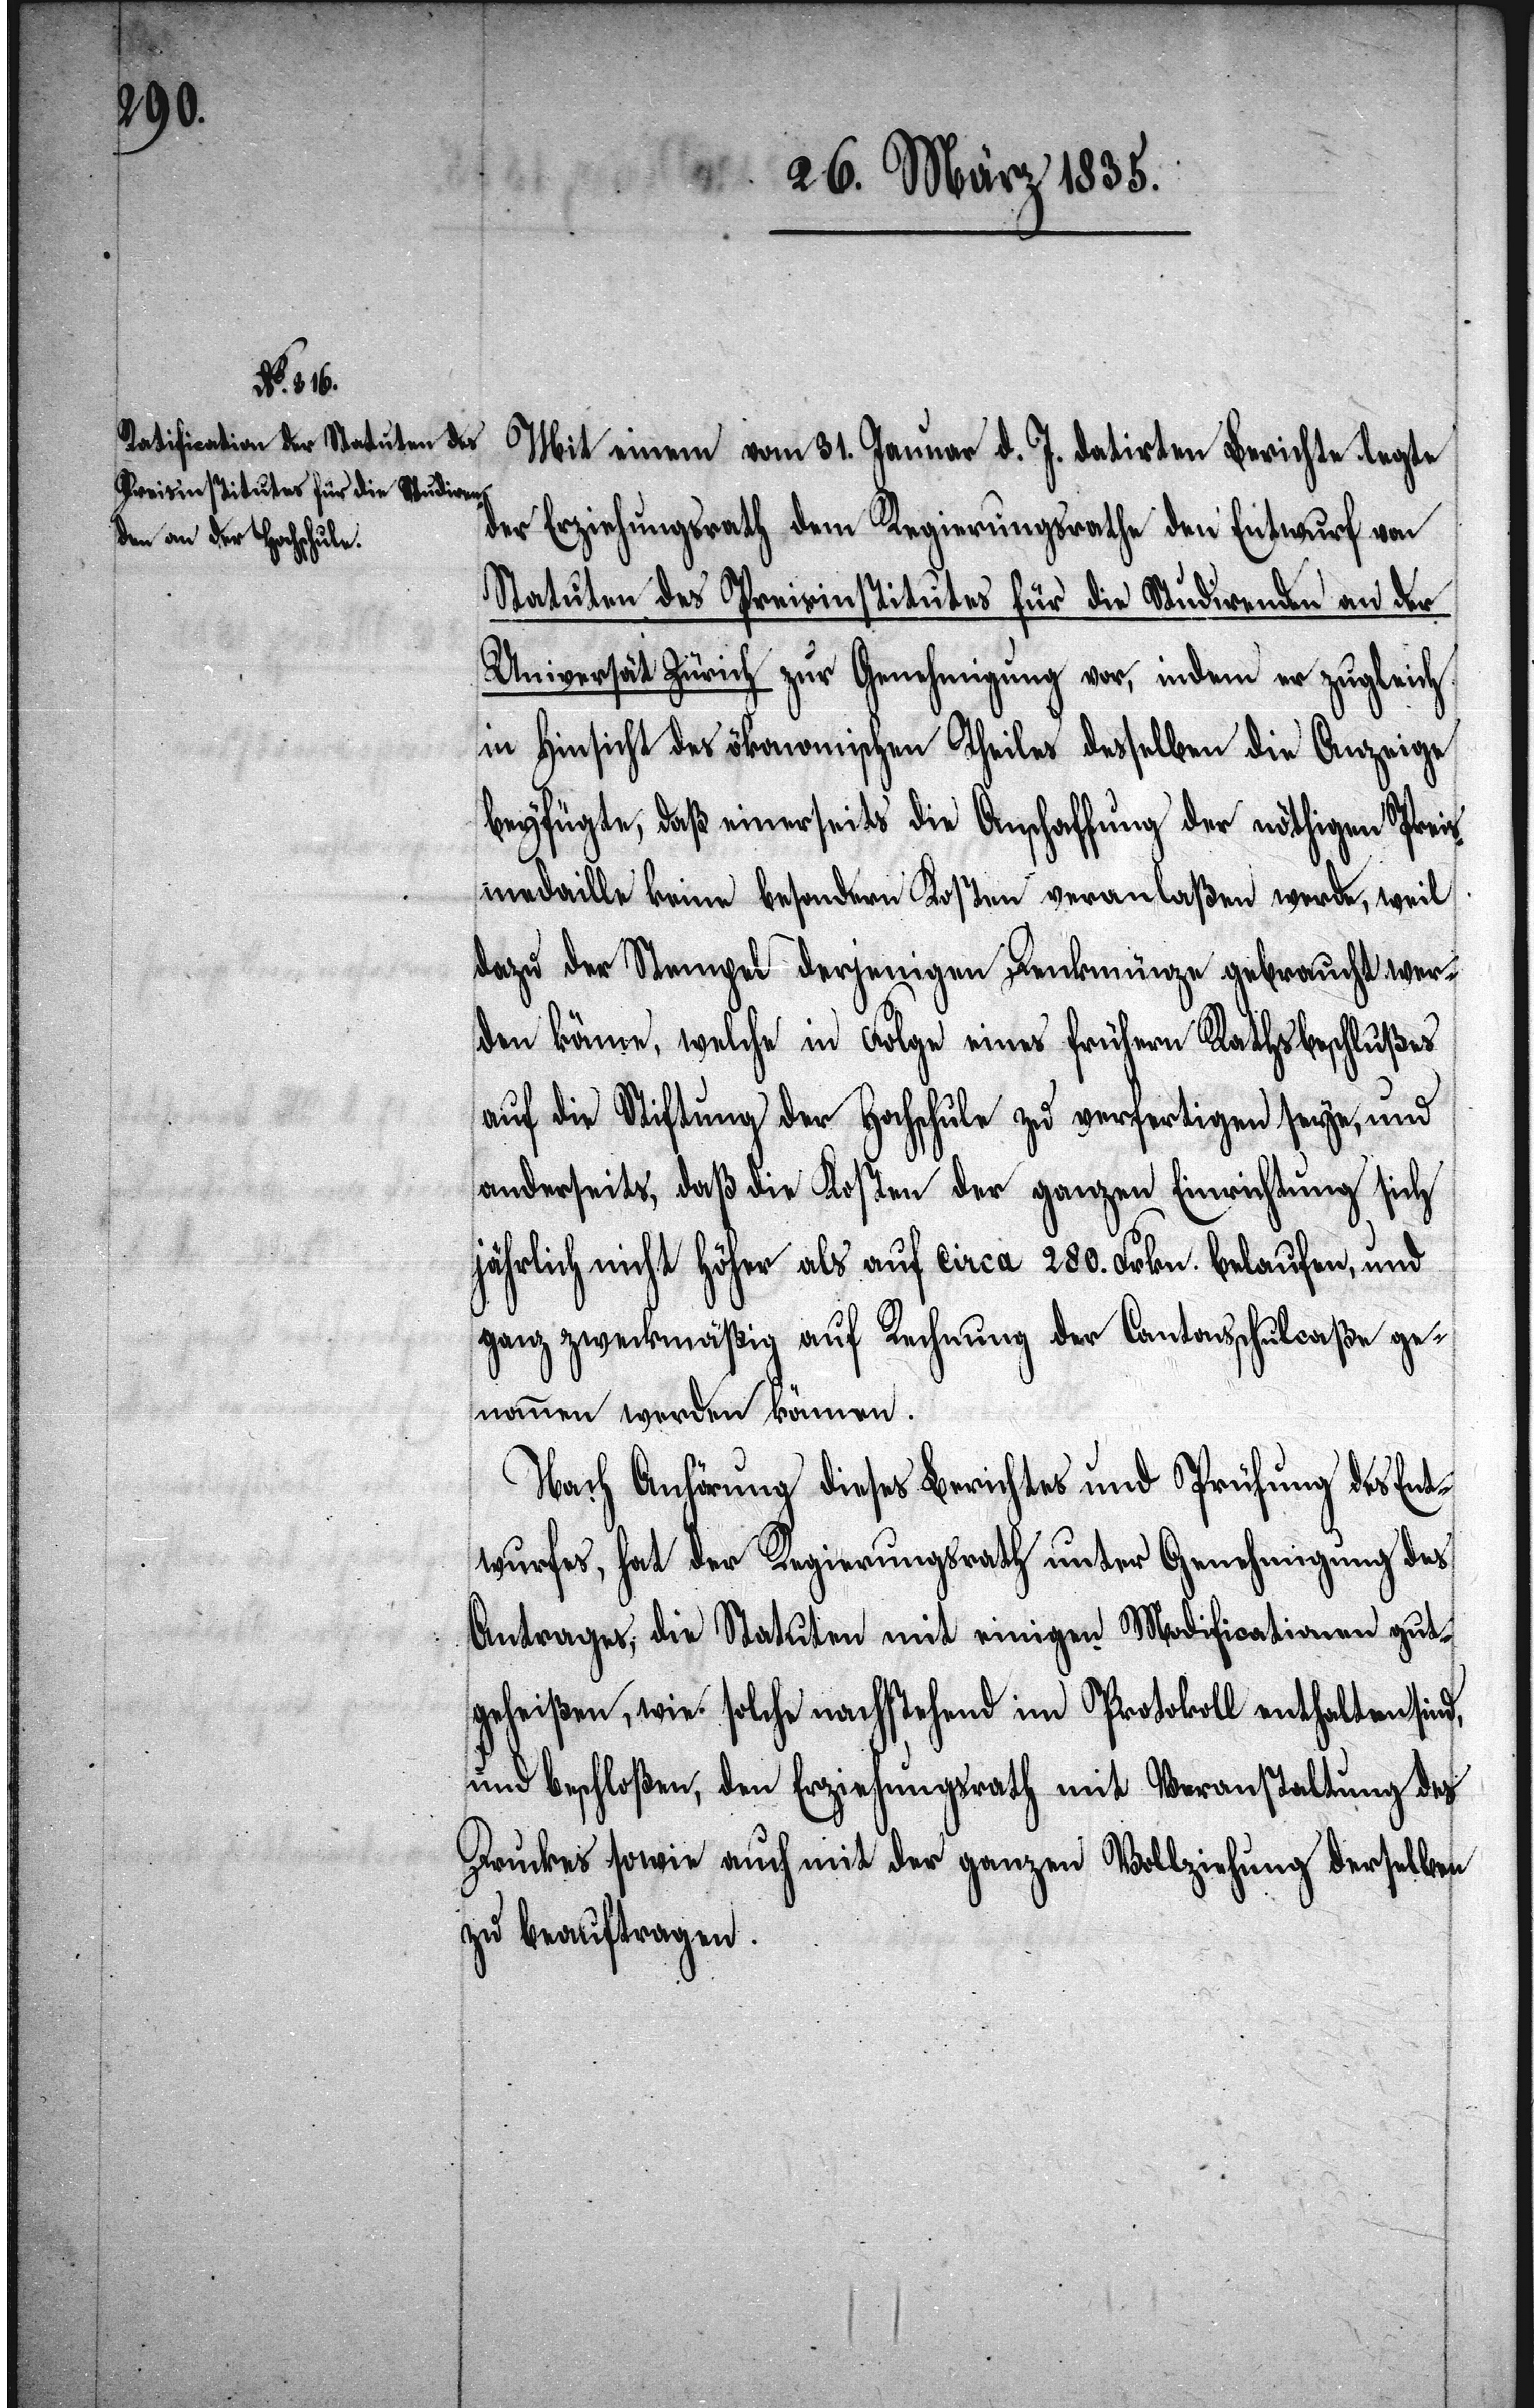
Mit einem vom 31. Januar d. J. datirten Berichte legte
der Erziehungsrath dem Regierungsrathe den Entwurf von
Statuten des Preisinstitutes für die Studirenden an der
Universität Zürich zur Genehmigung vor, indem er zugleich
in Hinsicht des ökonomischen Theiles desselben die Anzeige
beyfügte, daß einerseits die Anschaffung der nöthigen Preis¬
medaille keine besondern Kosten veranlaßen werde, weil
dazu der Stempel derjenigen Denkmünze gebraucht wer¬
den könne, welche in Folge eines frühern Rathsbeschlußes
auf die Stiftung der Hochschule zu verfertigen seye, und
anderseits, daß die Kosten der ganzen Einrichtung sich
jährlich nicht höher als auf circa 280. Frkn. belaufen, und
ganz zweckmäßig auf Rechnung der Cantonsschulcaßa ge¬
nommen werden können.
Nach Anhörung dieses Berichtes und Prüfung des Ent¬
wurfes, hat der Regierungsrath unter Genehmigung des
Antrages, die Statuten mit einigen Modificationen gut¬
geheißen, wie solche nachstehend im Protokoll enthalten sind,
und beschloßen, den Erziehungsrath mit Veranstaltung des
Druckes sowie auch mit der ganzen Vollziehung derselben
zu beauftragen.